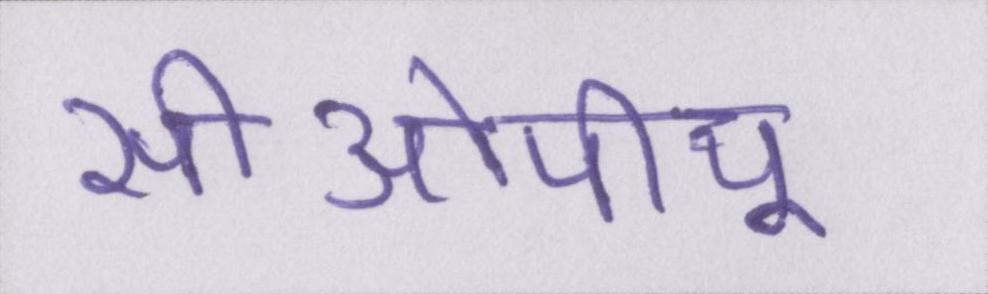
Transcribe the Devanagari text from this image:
सीओपीयू